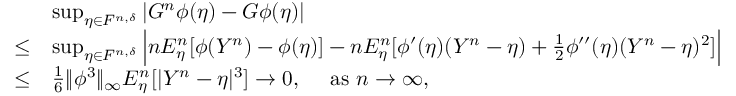
\begin{array} { r l } & { \operatorname* { s u p } _ { \eta \in F ^ { n , \delta } } | G ^ { n } \phi ( \eta ) - G \phi ( \eta ) | } \\ { \le } & { \operatorname* { s u p } _ { \eta \in F ^ { n , \delta } } \Big | n E _ { \eta } ^ { n } [ \phi ( Y ^ { n } ) - \phi ( \eta ) ] - n E _ { \eta } ^ { n } [ \phi ^ { \prime } ( \eta ) ( Y ^ { n } - \eta ) + \frac 1 2 \phi ^ { \prime \prime } ( \eta ) ( Y ^ { n } - \eta ) ^ { 2 } ] \Big | } \\ { \le } & { \frac { 1 } { 6 } \| \phi ^ { 3 } \| _ { \infty } E _ { \eta } ^ { n } [ | Y ^ { n } - \eta | ^ { 3 } ] \rightarrow 0 , \quad \mathrm { ~ a s ~ } n \rightarrow \infty , } \end{array}